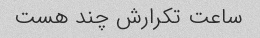
ساعت تکرارش چند هست